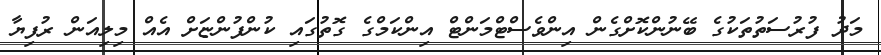
މަދު ފުރުސަތުތަކުގެ ބޭނުންކޮށްގެން އިންވެސްޓްމަންޓް އިންކަމްގެ ގޮތުގައި ކުންފުންޏަށް އެއް މިލިއަން ރުފިޔާ